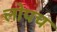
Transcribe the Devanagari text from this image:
लोपच